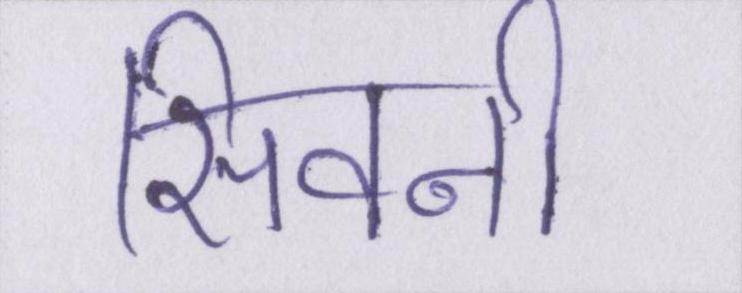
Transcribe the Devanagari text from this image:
सिवनी